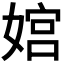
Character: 𫱜